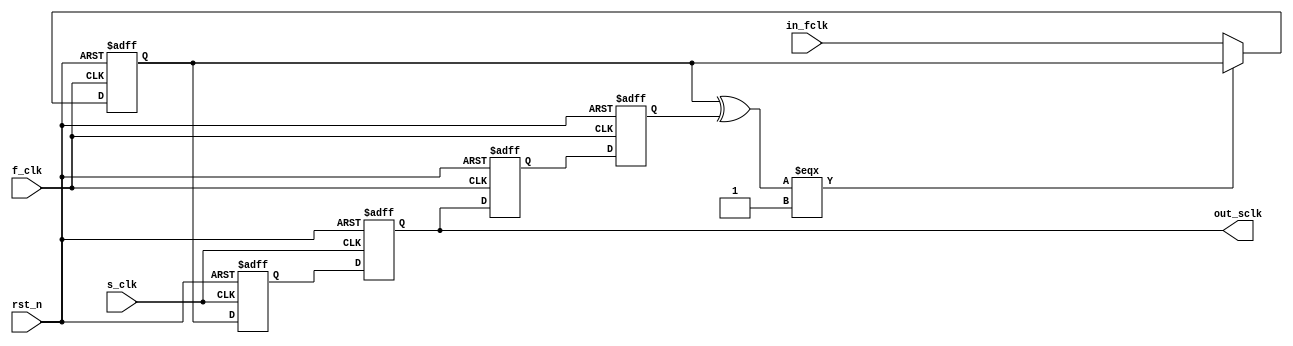
module sync1s (
                f_clk ,
                s_clk ,
                rst_n ,
                in_fclk,
                out_sclk
               );


parameter WIDTH = 1 ;

input              f_clk ;       // Fast clock.
input              s_clk ;       // Slow clock.
input              rst_n ;       // reset signal.
input  [WIDTH-1:0] in_fclk ;     // Input pulse in fast clock domain.
output [WIDTH-1:0] out_sclk ;    // Output pulse in slow clock domain.

reg [WIDTH-1:0]   f_reg1 ;
reg [WIDTH-1:0]   f_reg2 ;
reg [WIDTH-1:0]   f_reg3 ;
reg [WIDTH-1:0]   s_reg1 ;
reg [WIDTH-1:0]   s_reg2 ;

wire [WIDTH-1:0]  hold_fb ;
wire [WIDTH-1:0]  out_sclk ;

integer i ;

// register fast clock signal edge and hold it untill
// it is transfered into slower clock domain.
always @(posedge f_clk or negedge rst_n) begin
   if (!rst_n)
      f_reg1 <= {WIDTH{1'b0}};
   else
      for (i = 0; i <= WIDTH-1; i = i+1) begin
         f_reg1[i] <= (hold_fb[i]=== 1'b1) ? f_reg1[i] : in_fclk[i];
      end
end

// first register in slower clock domain, this can be 
// a metastable flop.
always @(posedge s_clk or negedge rst_n) begin
   if (!rst_n)
      s_reg1 <= {WIDTH{1'b0}};
   else
      s_reg1 <= f_reg1;
end

// Cleaner registering in slower clock domain.
always @(posedge s_clk or negedge rst_n) begin
   if (!rst_n)
      s_reg2 <= {WIDTH{1'b0}};
   else
      s_reg2 <= s_reg1;
end

// Output signal.
assign out_sclk  = s_reg2 ;

// Register clean output in slower clock domain into
// fast clock domains, this can be metastable flop.
always @(posedge f_clk or negedge rst_n) begin
   if (!rst_n)
      f_reg2 <= {WIDTH{1'b0}};
   else
      f_reg2 <= s_reg2;
end

// Cleaner registering in faster clock domain.
always @(posedge f_clk or negedge rst_n) begin
   if (!rst_n)
      f_reg3 <= {WIDTH{1'b0}};
   else
      f_reg3 <= f_reg2;
end

// generate feed back hold signal for holding
// input signal in fast clock domain, until it reaches
// slower clock domain.
assign hold_fb  = f_reg1 ^ f_reg3;

endmodule